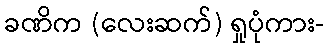
ခဏိက (လေးဆက်) ရှုပုံကား-